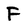
Character: F